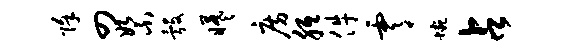
除四絮彀曦房胝件霄蜿占